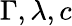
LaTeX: \Gamma,\lambda,c